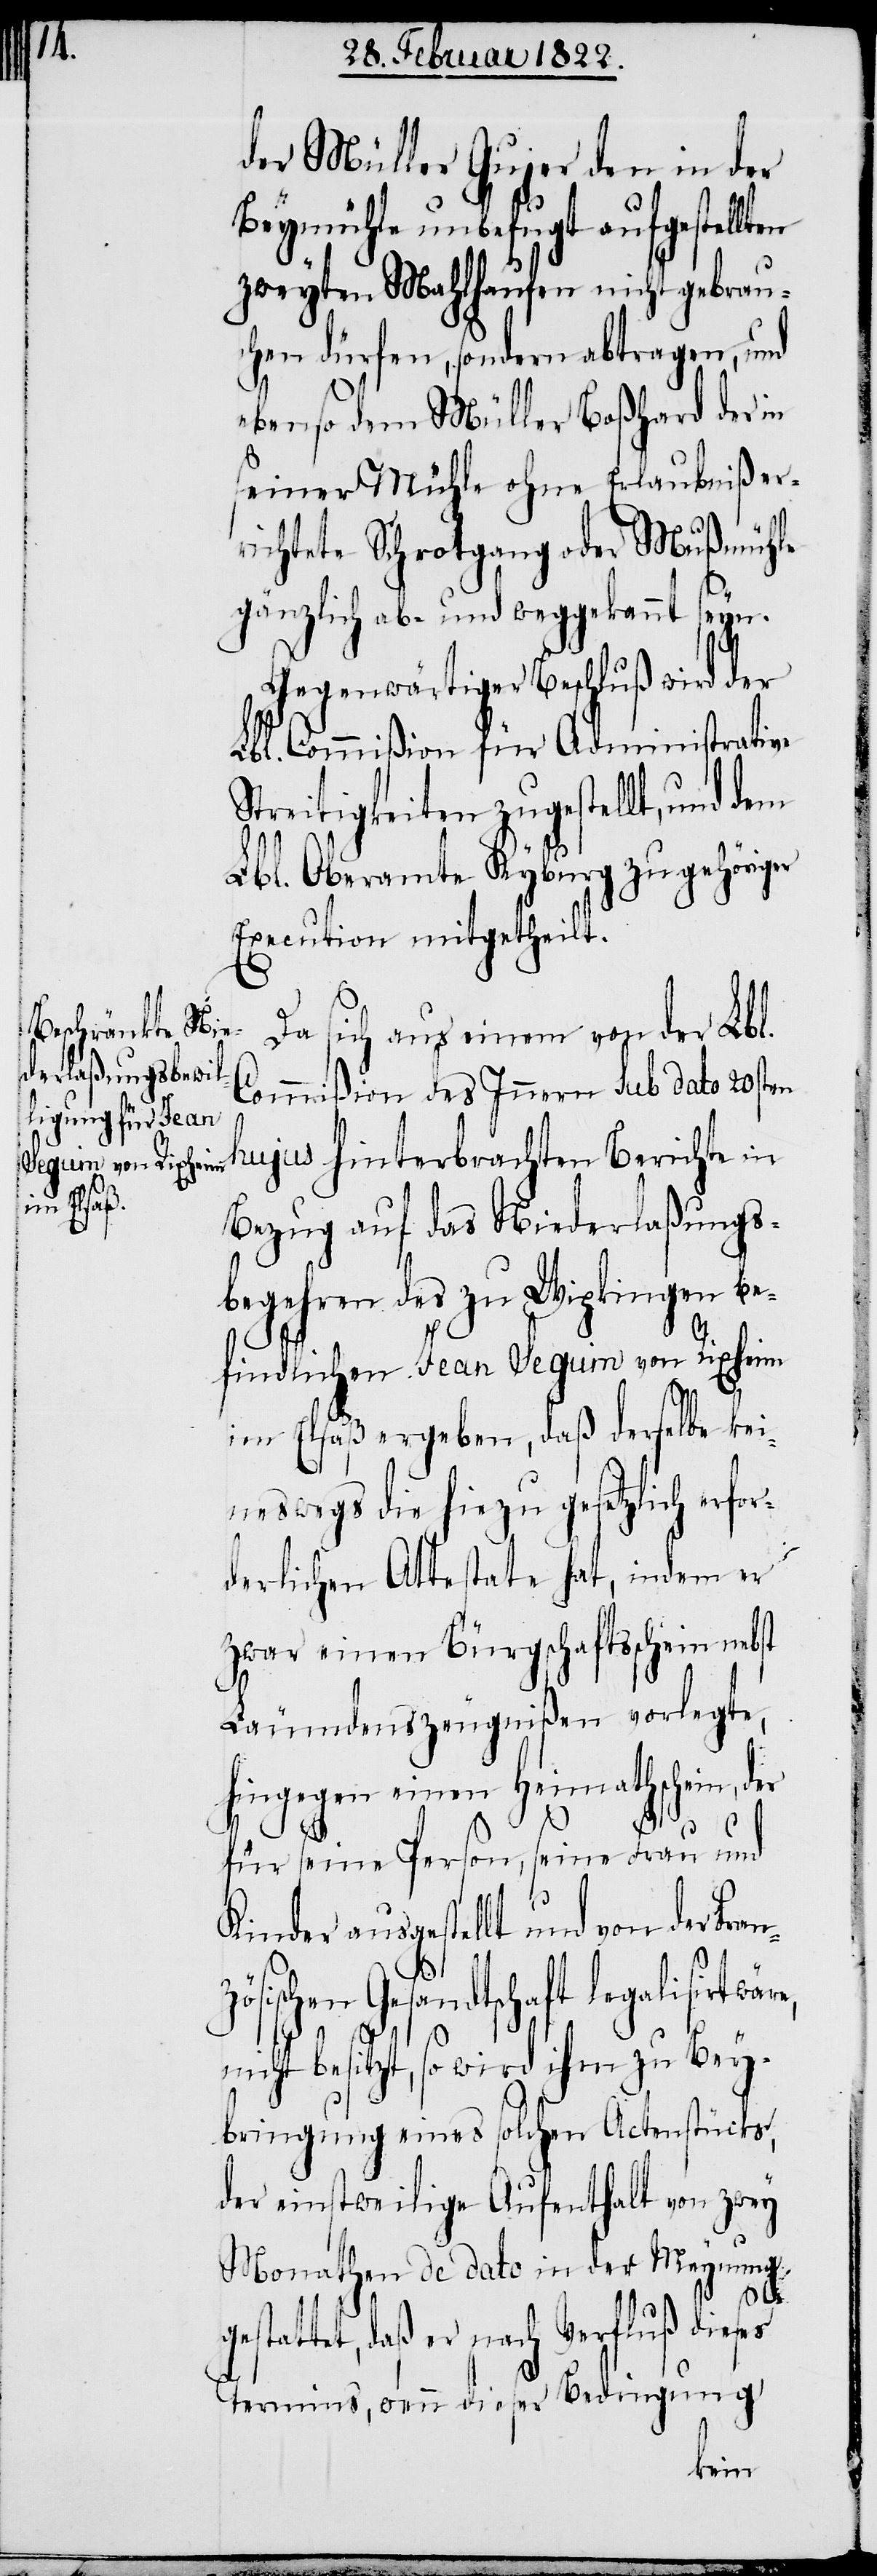
der Müller Gujer den in der
Beymühle unbefugt aufgestellten
zweyten Mahlhaufen nicht gebrau¬
chen dürfen, sondern abtragen, und
ebenso dem Müller Boßhard der in
seiner Mühle ohne Erlaubniß er¬
richtete Schrotgang oder Mußmühle
gänzlich ab- und weggekannt seyn.
Gegenwärtiger Beschluß wird der
Lbl. Oberamte Kyburg zugehörige
Execution mitgetheilt.
Da sich aus einem von der Lbl.
Commißion des Innern sub dato 20sten
hujus hinterbrachten Berichte in
Bezug auf das Niederlaßungs¬
begehren des zu Wipkingen be¬
findlichen Jean Seguin von Rixheim
im Elsaß ergeben, daß derselbe kei¬
neswegs die hiezu gesetzlich erfor¬
derlichen Attestate hat, indem er
zwar einen Bürgschaftsschein nebst
Läumdenszeugnißen vorlegte,
hingegen einen Heimathschein,
für seine Person, seine Frau und
Kinder ausgestellt und von der Fran¬
Lbl.
zösischen Gesandtschaft legalisirt wär¬
e,
nicht besitzt, so wird ihm zu Bey¬
bringung eines solchen Actenstücks,
der einstweilige Aufenthalt von zwey
Monathen de dato in der Meynung
gestattet, daß er nach Verfluß dieses
Termins, wenn dieser Bedingung